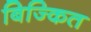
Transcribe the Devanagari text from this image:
बिज्कित